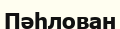
Пәһлован